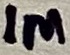
Text: 1M